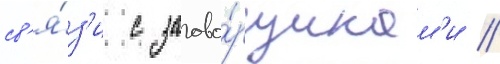
св'я́з'и с загово́рщикам'и //